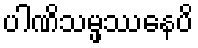
ပါဏိသမ္ဖဿေနပိ